Lunatic asylums Central Provinces reports 1874-1885 - 1874-1885
Year: 1874
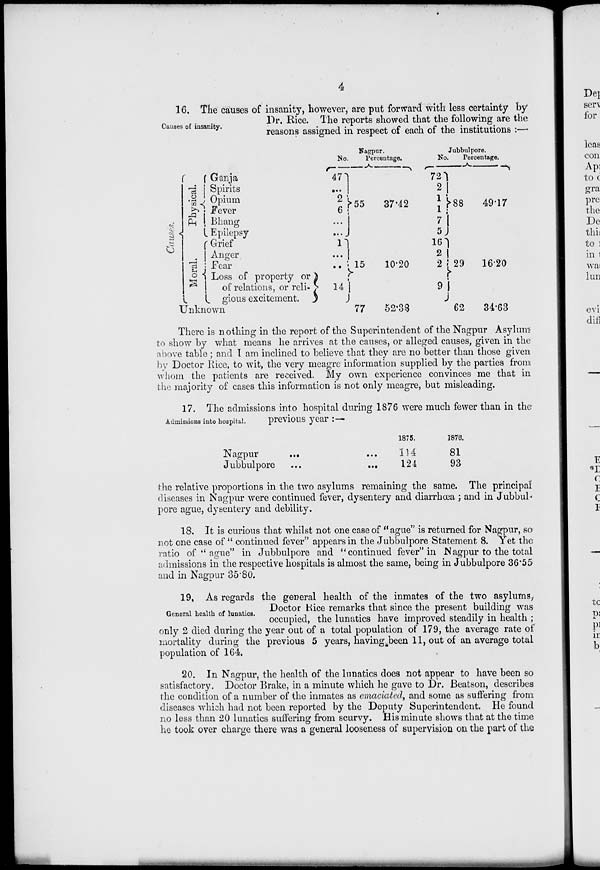
4
Causes of insanity.
16. The causes of insanity, however, are put forward with less certainty by
Dr. Rice. The reports showed that the following are the
reasons assigned in respect of each of the institutions :—
Causes.
Physical.
Moral.
Ganja
Spirits
Opium
Fever
Bhang
Epilepsy
Grief
Anger
Fear
Loss of property or
of relations, or reli-
gious excitement.
Unknown
Nagpur.
No
47
...
2
6
...
...
1
...
…
14
Percentage.
55
15
77
37.42
10.20
52.38
Jubbulpore.
No
72
2
1
1
7
5
16
2
2
9
Percentage.
88
29
62
49.17
16.20
34.63
There is nothing in the report of the Superintendent of the Nagpur Asylum
to show by what means he arrives at the causes, or alleged causes, given in the
above table ; and I am inclined to believe that they are no better than those given
by Doctor Rice, to wit, the very meagre information supplied by the parties from
whom the patients are received. My own experience convinces me that in
the majority of cases this information is not only meagre, but misleading.
Admissions into hospital.
17. The admissions into hospital during 1876 were much fewer than in the
previous year :—
Nagpur ... ...
Jubbulpore ... ...
1875.
114
124
1876.
81
93
the relative proportions in the two asylums remaining the same. The principal
diseases in Nagpur were continued fever, dysentery and diarrhœa ; and in Jubbul-
pore ague, dysentery and debility.
18. It is curious that whilst not one case of "ague" is returned for Nagpur, so
not one case of " continued fever" appears in the Jubbulpore Statement 8. Yet the
ratio of " ague" in Jubbulpore and " continued fever" in Nagpur to the total
admissions in the respective hospitals is almost the same, being in Jubbulpore 36.55
and in Nagpur 35.80.
General health of lunatics.
19. As regards the general health of the inmates of the two asylums,
Doctor Rice remarks that since the present building was
occupied, the lunatics have improved steadily in health ;
only 2 died during the year out of a total population of 179, the average rate of
mortality during the previous 5 years, having been 11, out of an average total
population of 164.
20. In Nagpur, the health of the lunatics does not appear to have been so
satisfactory. Doctor Brake, in a minute which he gave to Dr. Beatson, describes
the condition of a number of the inmates as emaciated, and some as suffering from
diseases which had not been reported by the Deputy Superintendent. He found
no less than 20 lunatics suffering from scurvy. His minute shows that at the time
he took over charge there was a general looseness of supervision on the part of the